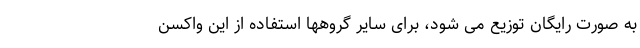
به صورت رایگان توزیع می شود، برای سایر گروهها استفاده از این واکسن